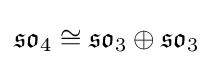
{\mathfrak {so}}_{4}\cong {\mathfrak {so}}_{3}\oplus {\mathfrak {so}}_{3}